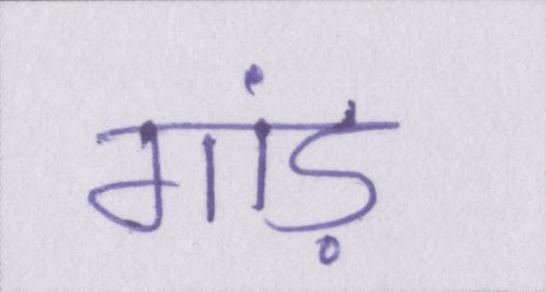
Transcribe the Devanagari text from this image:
गांड़